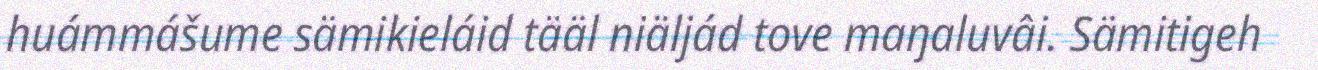
huámmášume sämikieláid tääl niäljád tove maŋaluvâi. Sämitigeh